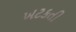
ખટકતી